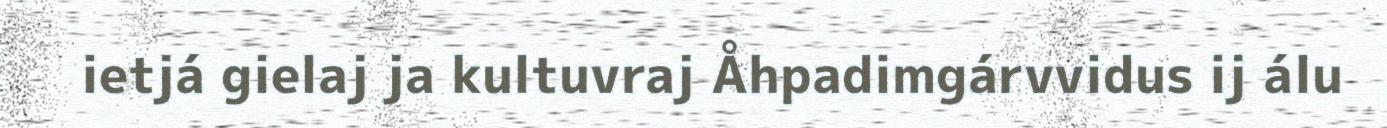
ietjá gielaj ja kultuvraj Åhpadimgárvvidus ij álu